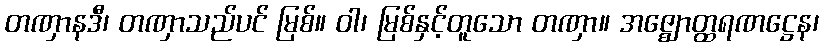
တဏှာနဒီ၊ တဏှာသည်ပင် မြစ်။ ဝါ၊ မြစ်နှင့်တူသော တဏှာ။ အဇ္ဈောတ္ထရဏဋ္ဌေန၊